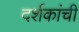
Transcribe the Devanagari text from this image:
दर्शकांची